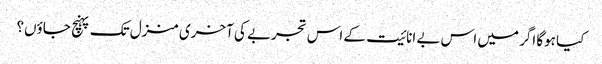
کیا ہوگا اگر میں اس بے انائیت کے اس تجربے کی آخری منزل تک پہنچ جاؤں؟